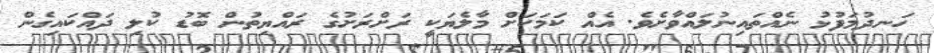
ހަނދުމަފުޅު ނެއްތައިނުލައްވާށެވެ. އެއް ކަމަކަށް މާލެޔަކީ ރަށްރަށުގެ ރައްޔިތުން ބޮޑު ކުލި ދައްކައިގެން